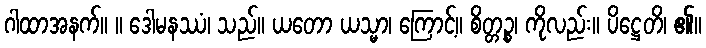
ဂါထာအနက်။ ။ ဒေါမနဿံ၊ သည်။ ယတော ယသ္မာ၊ ကြောင့်။ စိတ္တဉ္စ၊ ကိုလည်း။ ပိဋ္ဌေတိ၊ ၏။